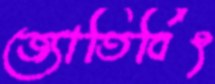
জ্যোতির্বিৎ